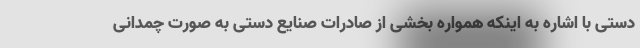
دستی با اشاره به اینکه همواره بخشی از صادرات صنایع دستی به صورت چمدانی